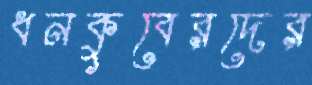
ধনকুবেরদের